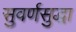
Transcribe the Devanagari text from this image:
सुवर्णसुद्धा